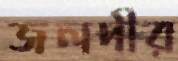
জলদীর